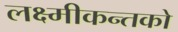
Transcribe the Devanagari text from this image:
लक्ष्मीकन्तको